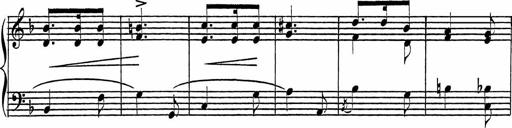
Title: Piano Sonatinas
Composer: Charles Fradel